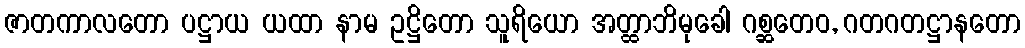
ဇာတကာလတော ပဋ္ဌာယ ယထာ နာမ ဥဋ္ဌိတော သူရိယော အတ္ထာဘိမုခေါ ဂစ္ဆတေဝ, ဂတဂတဋ္ဌာနတော